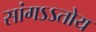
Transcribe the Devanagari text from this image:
सांगऽऽतोय